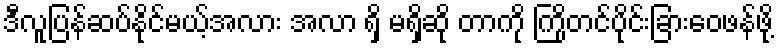
ဒီလူပြန်ဆပ်နိုင်မယ့်အလား အလာ ရှိ မရှိဆို တာကို ကြိုတင်ပိုင်းခြားဝေဖန်ဖို့